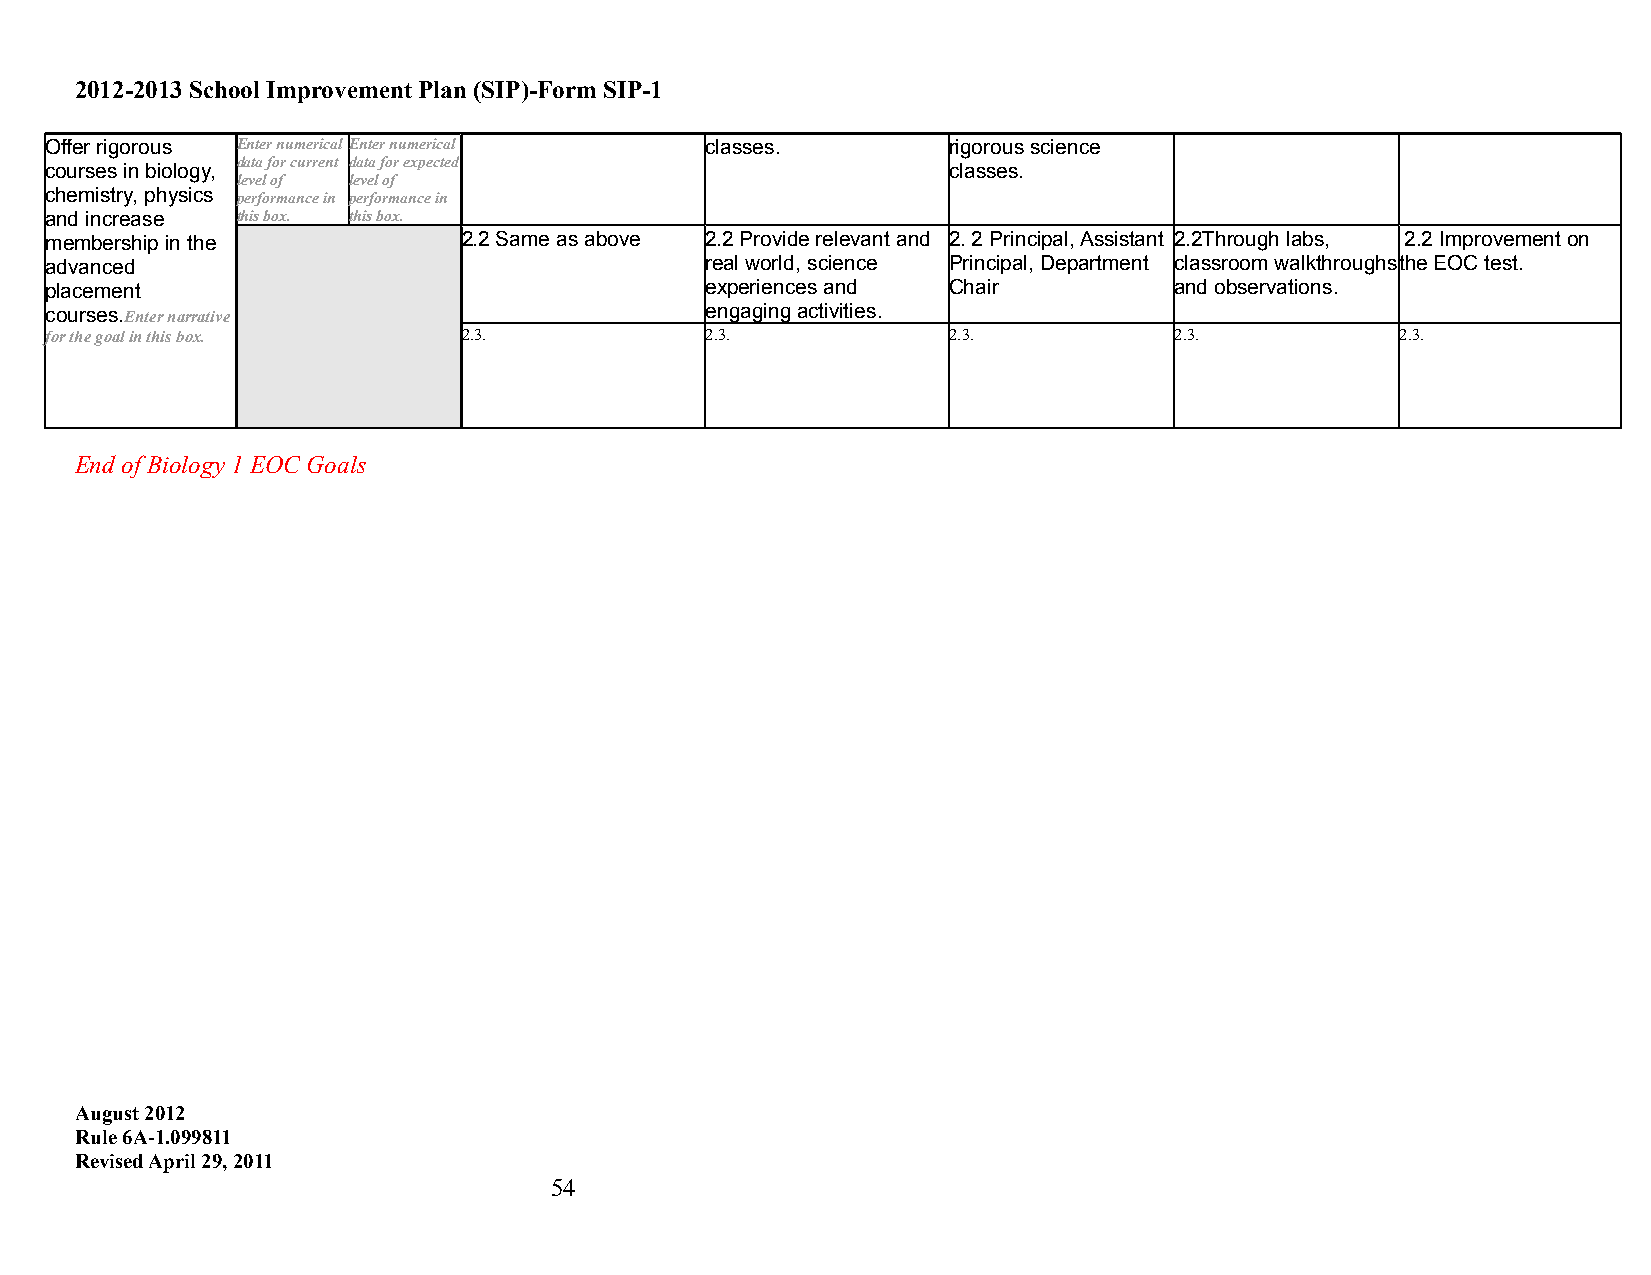
2012-2013 School Improvement Plan (SIP)-Form SIP-1
 Offer rigorous Enter numerical Enter numerical classes.     rigorous science
 data for current data for expected
 courses in biology,                                         classes.
 level of level of
 chemistry, physics performance in performance in
 and increase this box. this box.
 membership in the           2.2 Same as above 2.2 Provide relevant and 2. 2 Principal, Assistant 2.2Through labs, 2.2 Improvement on
 advanced                                    real world, science Principal, Department classroom walkthroughs the EOC test.
 placement                                   experiences and Chair          and observations.
 courses.Enter narrative                     engaging activities.
 for the goal in this box.   2.3.            2.3.            2.3.           2.3.           2.3.
 End of Biology 1 EOC Goals
 August 2012
 Rule 6A-1.099811
 Revised April 29, 2011
 54